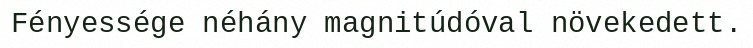
Fényessége néhány magnitúdóval növekedett.